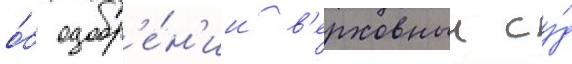
о́б одобр'е́н'ии в'ерховныи су́д